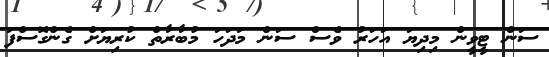
ސަން ޓީވީން މިދިޔަ އަހަރު ވެސް ސަން މަދަހަ މުބާރާތް ކުރިޔަށް ގެންގޮސްފަ